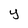
Character: y